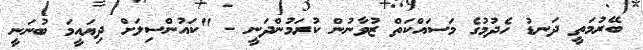
ބޭރުމަތީ ދަނޑު ހެދުމުގެ މަސައްކަތް ޒުވާނުން ކުރަމުންދަނީ - "ކައުންސިލަށް ދިޔައީމަ ބުނަނީ